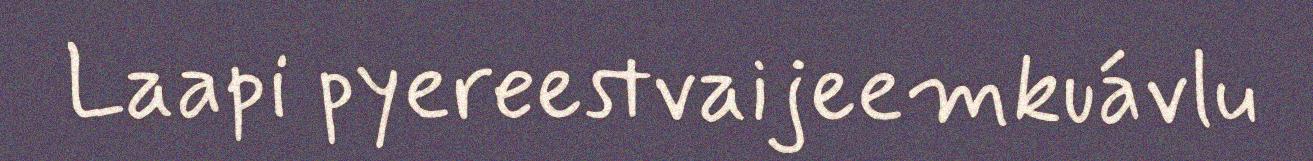
Laapi pyereestvaijeemkuávlu